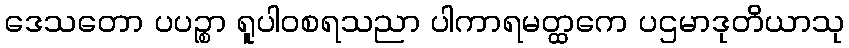
ဒေသတော ပပဉ္စာ ရူပါဝစရသညာ ပါကာရမတ္ထကေ ပဌမာဒုတိယာသု